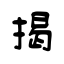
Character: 掲